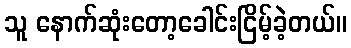
သူ နောက်ဆုံးတော့ခေါင်းငြိမ့်ခဲ့တယ်။